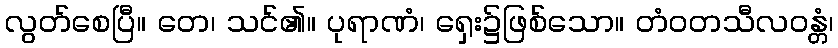
လွတ်စေပြီ။ တေ၊ သင်၏။ ပုရာဏံ၊ ရှေး၌ဖြစ်သော။ တံဝတသီလဝန္တံ၊